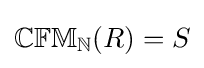
\mathbb {CFM} _{\mathbb {N} }(R)=S